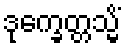
ဒုက္ခေတ္တသ္မိံ